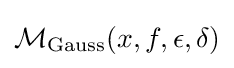
{\mathcal {M}}_{\text{Gauss}}(x,f,\epsilon ,\delta )